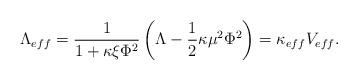
LaTeX: \begin{align*}\Lambda _{eff}=\frac{1}{1+\kappa \xi \Phi ^{2}} \left( \Lambda-\frac{1}{2}\kappa \mu ^{2}\Phi ^{2}\right)=\kappa _{eff} V_{eff}.\end{align*}